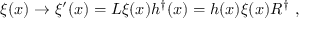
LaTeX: \xi ( x ) \rightarrow \xi ^ { \prime } ( x ) = L \xi ( x ) h ^ { \dagger } ( x ) = h ( x ) \xi ( x ) R ^ { \dagger } \ ,